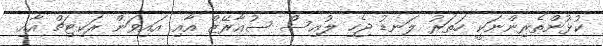
ކުޅުންތެރިންނަކީ ހަތަރު ލަނޑު ޖެހި ލުއިސް ސުއާރޭޒް އާއި އައިވަން ރަކިޓިޗް އާއި